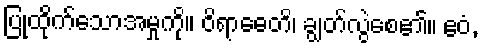
ပြုထိုက်သောအမှုကို။ ဝိရာဓေတိ၊ ချွတ်လွဲစေ၏။ ဧဝံ,